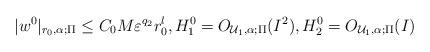
LaTeX: \begin{align*}|w^0|_{r_0,\alpha;\Pi}\leq C_0 M \varepsilon^{q_2} r_0^l, H_1^0=O_{\mathcal{U}_1,\alpha;\Pi}(I^2),H_2^0=O_{\mathcal{U}_1,\alpha;\Pi}(I)\end{align*}